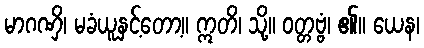
မာဂဏှိ၊ မခံယူနှင့်တော့။ ဣတိ၊ သို့။ ဝတ္တဗ္ဗံ၊ ၏။ ယေန၊